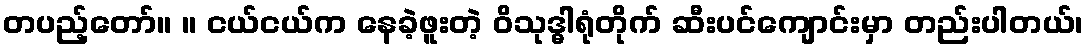
တပည့်တော်။ ။ ငယ်ငယ်က နေခဲ့ဖူးတဲ့ ဝိသုဒ္ဓါရုံတိုက် ဆီးပင်ကျောင်းမှာ တည်းပါတယ်၊